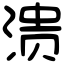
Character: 溃